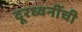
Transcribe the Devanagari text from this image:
दूरध्वनींची